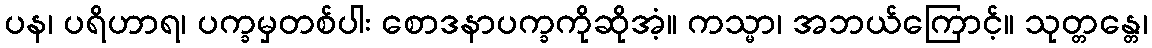
ပန၊ ပရိဟာရ၊ ပက္ခမှတစ်ပါး စောဒနာပက္ခကိုဆိုအံ့။ ကသ္မာ၊ အဘယ်ကြောင့်။ သုတ္တန္တေ၊